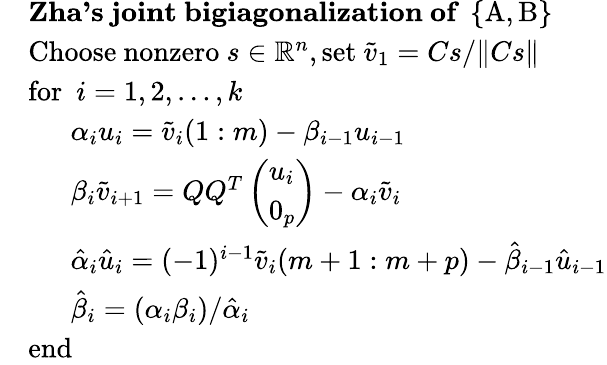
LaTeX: \begin{array}{rl}&{\mathrm{\textbf{Zha's~joint~bigiagonalization~of}\ ~\{ A,B\} ~}}\\ &{\mathrm{Choose~nonzero}\ s\in\mathbb{R}^{n},\mathrm{set}\ \tilde{v}_{1}=Cs/\| Cs\| }\\ &{\mathrm{for}\ \ i=1,2,\dots,k}\\ &{\ \ \ \ \ \ \alpha_{i}u_{i}=\tilde{v}_{i}(1:m)-\beta_{i-1}u_{i-1}}\\ &{\ \ \ \ \ \ \beta_{i}\tilde{v}_{i+1}=QQ^{T}\left(\begin{array}{l}{u_{i}}\\ {0_{p}}\end{array}\right)-\alpha_{i}\tilde{v}_{i}}\\ &{\ \ \ \ \ \ \hat{\alpha}_{i}\hat{u}_{i}=(-1)^{i-1}\tilde{v}_{i}(m+1:m+p)-\hat{\beta}_{i-1}\hat{u}_{i-1}}\\ &{\ \ \ \ \ \ \hat{\beta}_{i}=(\alpha_{i}\beta_{i})/\hat{\alpha}_{i}}\\ &{\mathrm{end}}\end{array}